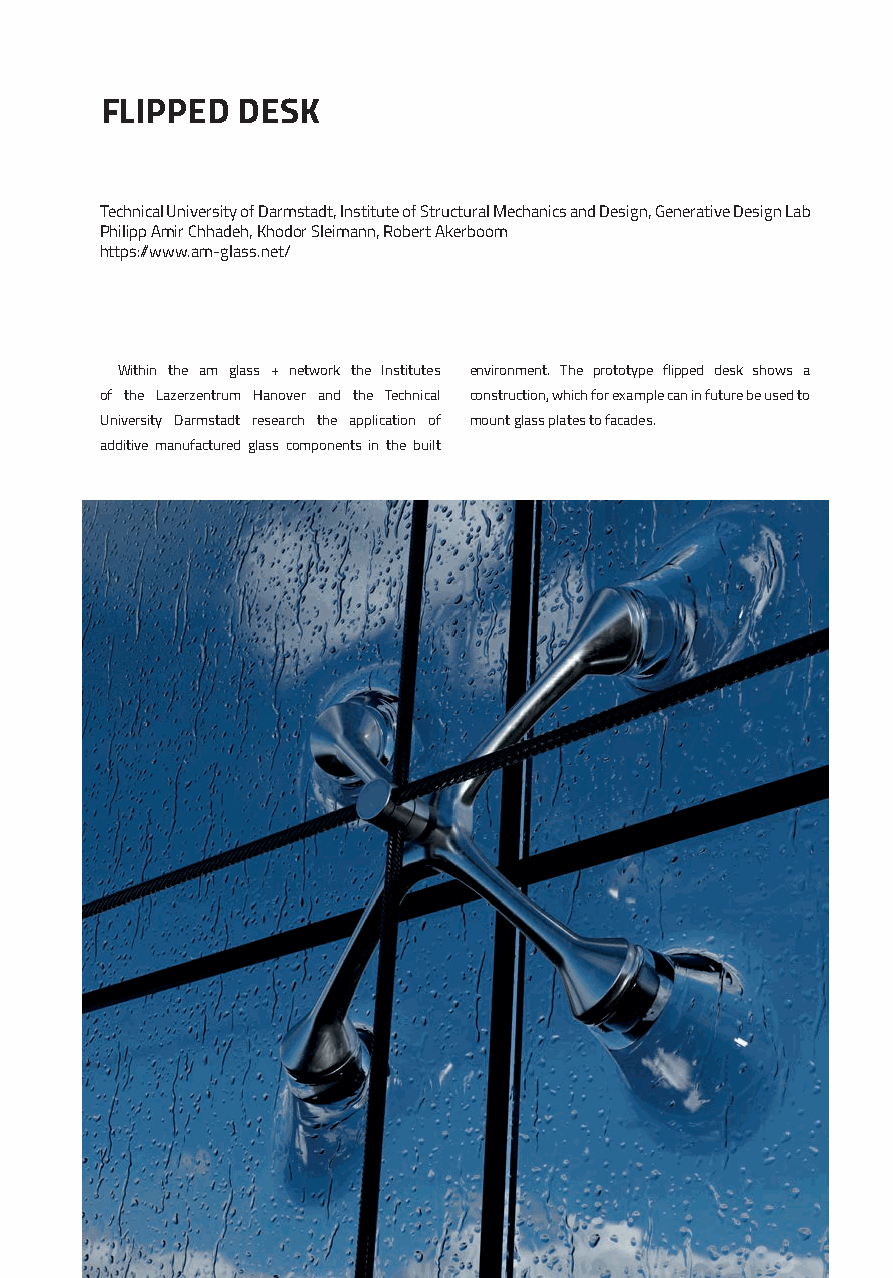
FLIPPED  DESK
 Technical University of Darmstadt, Institute of Structural Mechanics and Design, Generative Design Lab
 Philipp Amir Chhadeh, Khodor Sleimann, Robert Akerboom
 https://www.am-glass.net/
 Within the am glass + network the Institutes environment. The prototype flipped desk shows a
 of the Lazerzentrum Hanover and the Technical construction, which for example can in future be used to
 University Darmstadt research the application of mount glass plates to facades.
 additive manufactured glass components in the built
 136